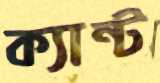
ক্যান্ট